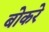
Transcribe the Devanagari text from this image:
बोकरे